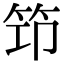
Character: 笻